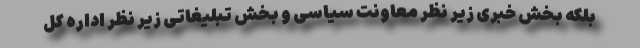
بلکه بخش خبری زیر نظر معاونت سیاسی و بخش تبلیغاتی زیر نظر اداره کل